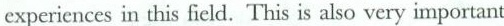
experiences in this field. This is also very important